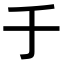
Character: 𠂌